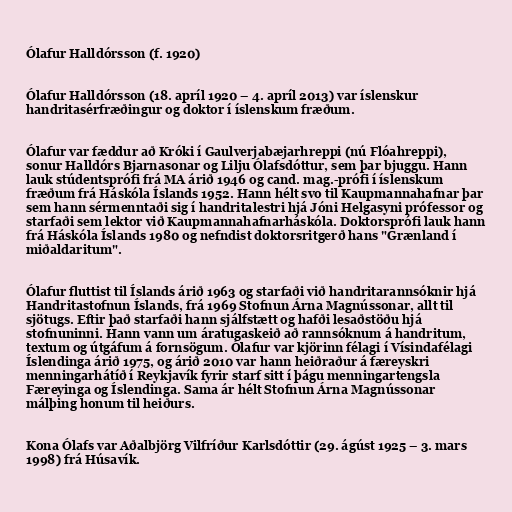
Ólafur Halldórsson (f. 1920)

Ólafur Halldórsson (18. apríl 1920 – 4. apríl 2013) var íslenskur
handritasérfræðingur og doktor í íslenskum fræðum.

Ólafur var fæddur að Króki í Gaulverjabæjarhreppi (nú Flóahreppi),
sonur Halldórs Bjarnasonar og Lilju Ólafsdóttur, sem þar bjuggu. Hann
lauk stúdentsprófi frá MA árið 1946 og cand. mag.-prófi í íslenskum
fræðum frá Háskóla Íslands 1952. Hann hélt svo til Kaupmannahafnar þar
sem hann sérmenntaði sig í handritalestri hjá Jóni Helgasyni prófessor og
starfaði sem lektor við Kaupmannahafnarháskóla. Doktorsprófi lauk hann
frá Háskóla Íslands 1980 og nefndist doktorsritgerð hans "Grænland í
miðaldaritum".

Ólafur fluttist til Íslands árið 1963 og starfaði við handritarannsóknir hjá
Handritastofnun Íslands, frá 1969 Stofnun Árna Magnússonar, allt til
sjötugs. Eftir það starfaði hann sjálfstætt og hafði lesaðstöðu hjá
stofnuninni. Hann vann um áratugaskeið að rannsóknum á handritum,
textum og útgáfum á fornsögum. Ólafur var kjörinn félagi í Vísindafélagi
Íslendinga árið 1975, og árið 2010 var hann heiðraður á færeyskri
menningarhátíð í Reykjavík fyrir starf sitt í þágu menningartengsla
Færeyinga og Íslendinga. Sama ár hélt Stofnun Árna Magnússonar
málþing honum til heiðurs.

Kona Ólafs var Aðalbjörg Vilfríður Karlsdóttir (29. ágúst 1925 – 3. mars
1998) frá Húsavík.